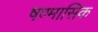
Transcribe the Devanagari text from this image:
षण्मासिक